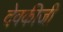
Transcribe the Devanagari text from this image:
देवकीजी